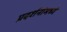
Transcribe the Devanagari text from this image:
प्रदर्शनांमध्ये